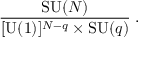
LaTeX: { \frac { \mathrm { S U } ( N ) } { [ \mathrm { U } ( 1 ) ] ^ { N - q } \times \mathrm { S U } ( q ) } } \; .